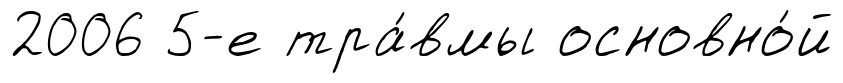
2006 5-е тра́вмы основно́й